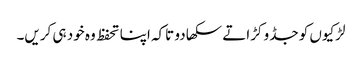
لڑکیوں کو جڈو کڑاتے سکھا دو تاکہ اپنا تحفظ وہ خود ہی کریں۔